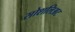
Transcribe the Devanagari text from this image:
सोशलिअट